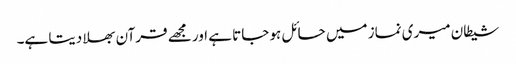
شیطان میری نماز میں حائل ہو جاتا ہے اور مجھے قرآن بھلا دیتا ہے۔